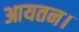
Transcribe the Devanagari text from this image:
आयतन।